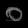
Digit: ၀